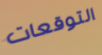
التوقعات